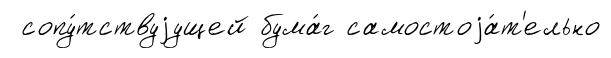
сопу́тствуjущей бума́г самостоjа́т'ельно